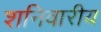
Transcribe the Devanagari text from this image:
शनिवारीय